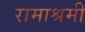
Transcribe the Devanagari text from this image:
रामाश्रमी